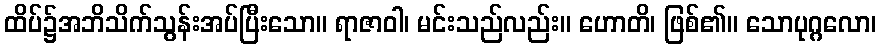
ထိပ်၌အဘိသိက်သွန်းအပ်ပြီးသော။ ရာဇာဝါ၊ မင်းသည်လည်း။ ဟောတိ၊ ဖြစ်၏။ သောပုဂ္ဂလော၊